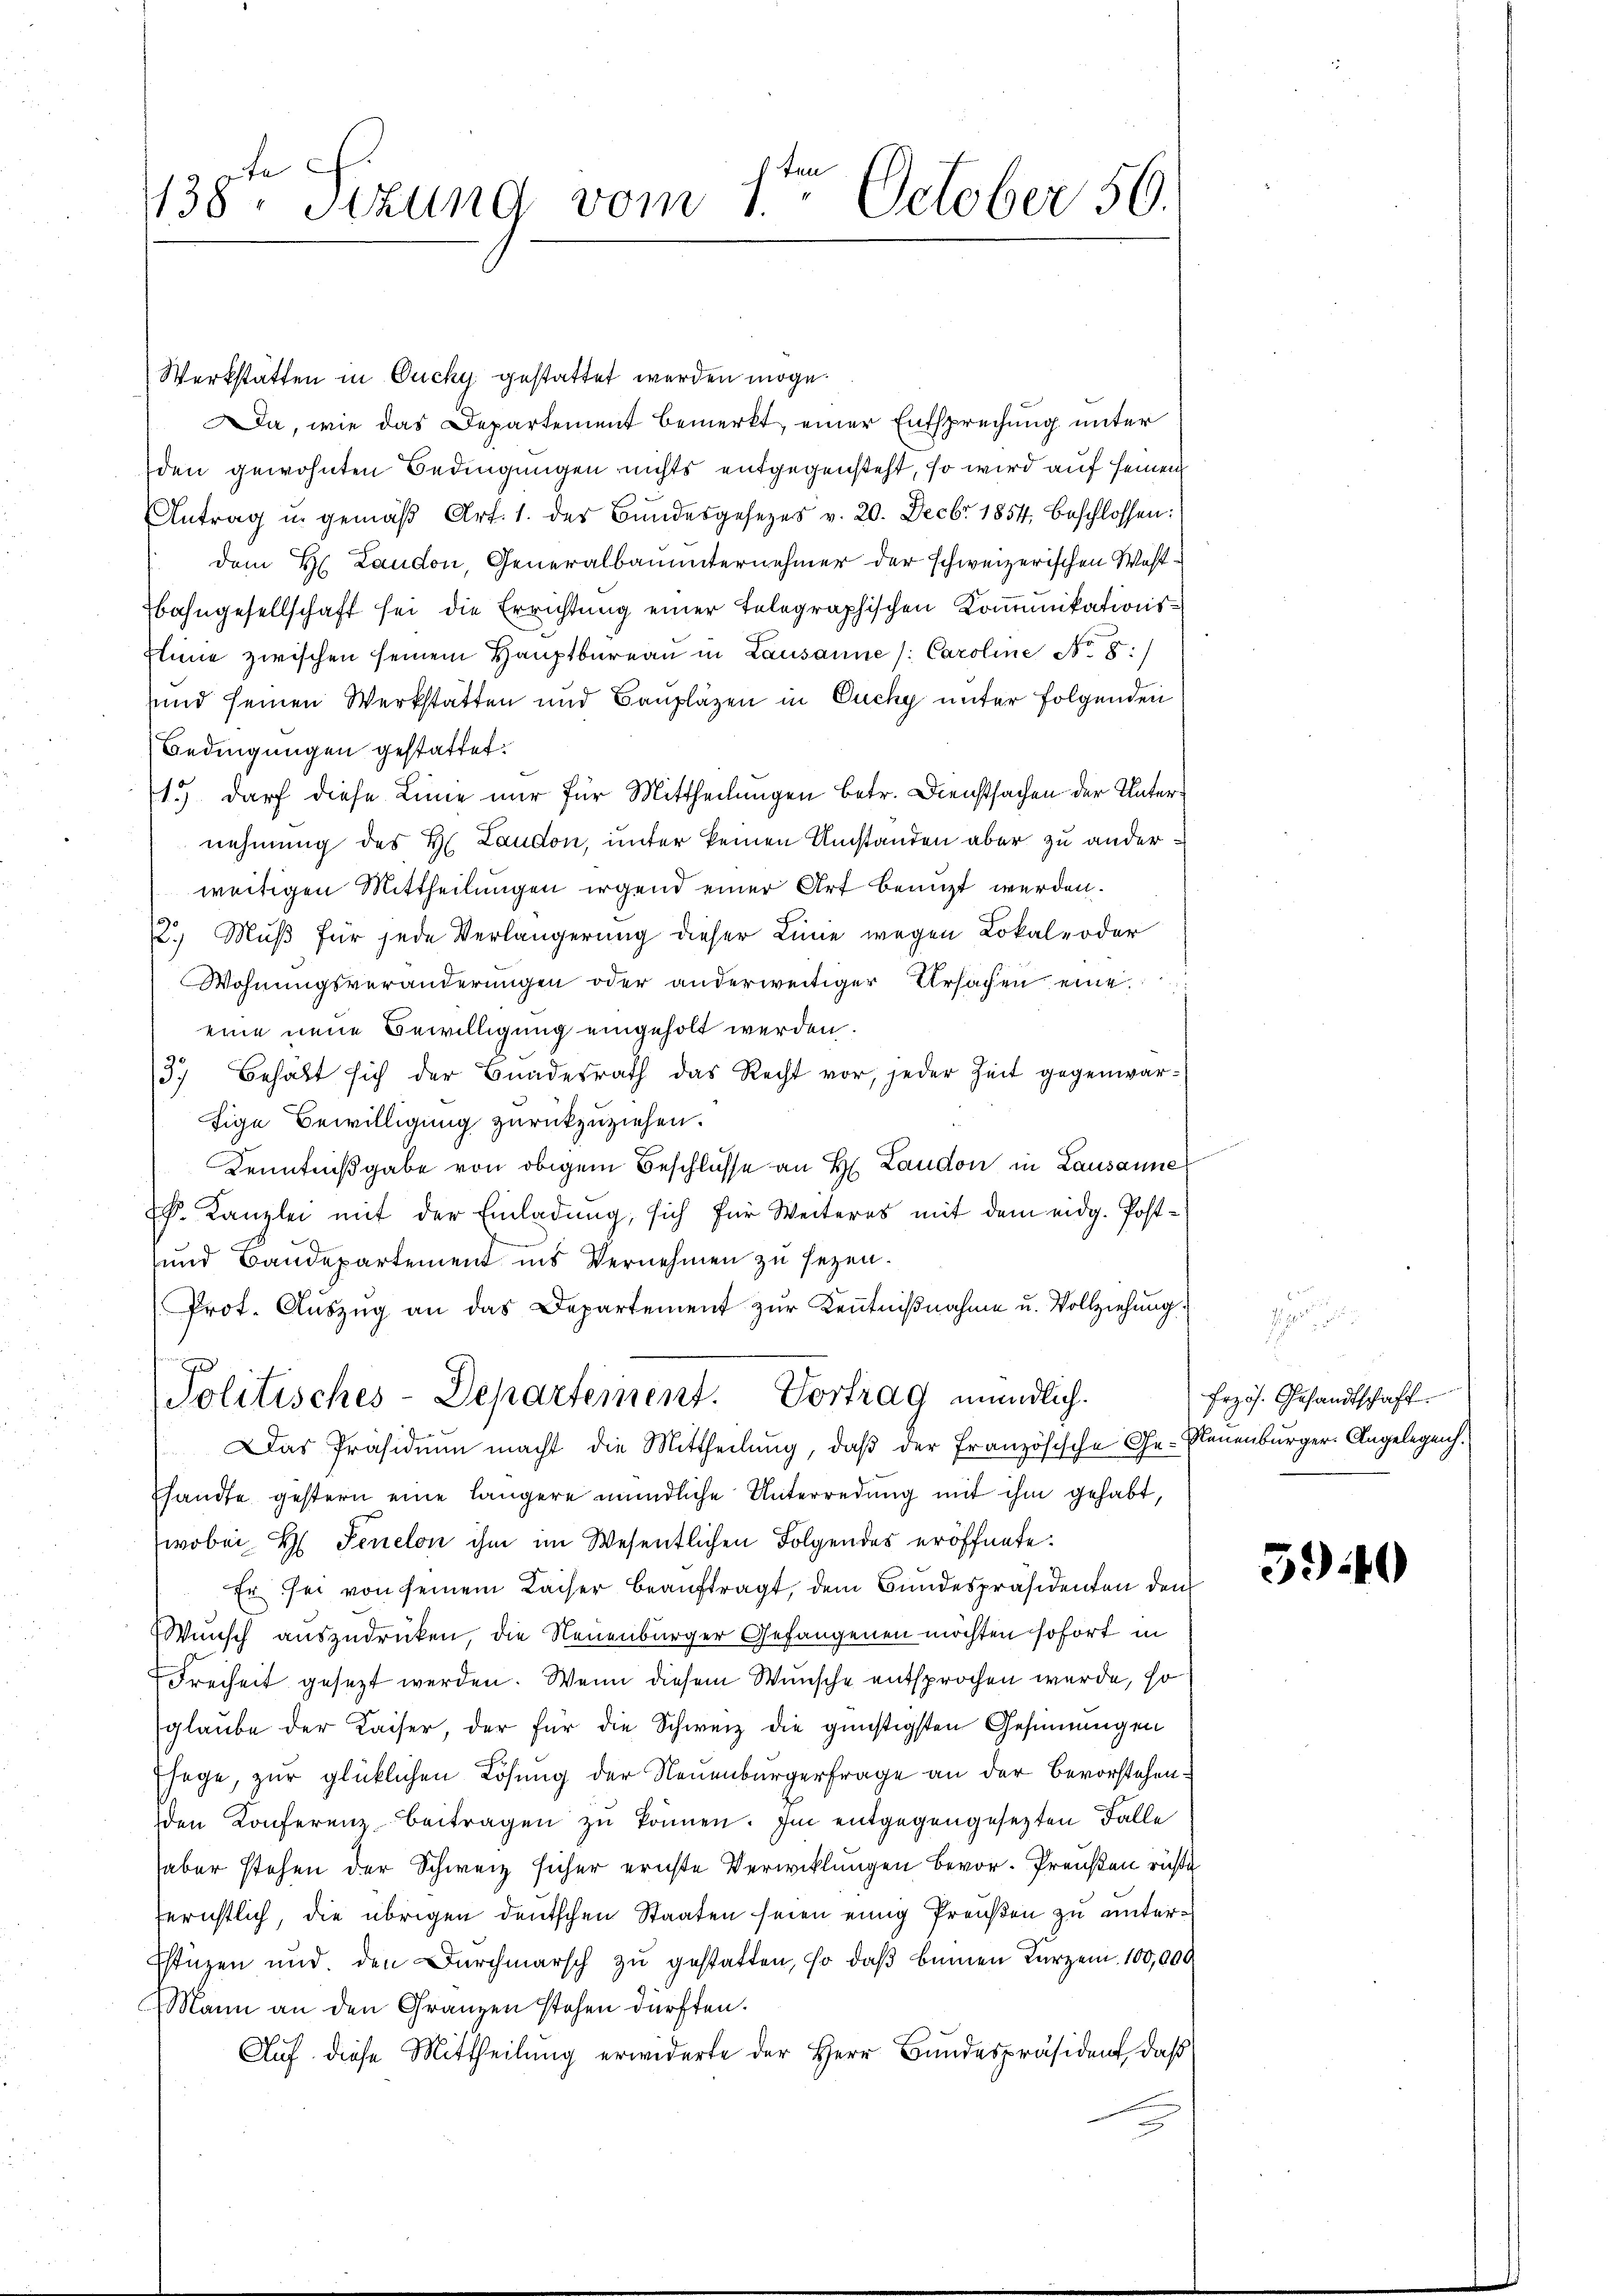
.
1138. Sitzung vom 1ten October 50.

Werkstätten in Ducky gestattet werden möge.
Da, wie das Departement bemerkt, einer Entsprechung unter
den gewohnten Bedingungen nichts entgegensteht, so wird auf seinen
Antrag u. gemäβ Art. 1. des Bundesgesezes v. 20. Decbr. 1854, beschlossen:
dem H. Laudon, Generalbauunternehmer der schweizerischen Wastbahngesellschaft sei die Errichtung einer telegraphischen Komunikations¬
Eine zwischen seinem Hauptbüreaŭ in Lausanne / Caroline No 8:/
uund seinen Werkstatten und Baupläzen in Ouchy unter folgenden
Bedingungen gestattet.
1.) darf diese Linie nur für Mittheilungen betr. Dienstsachen der Unternehmung des H. Laudon, unter keinen Umständen aber zu anderweitigen Mittheilungen irgend einer Art benuzt werden.
12.) Muß für jede Verlängerung dieser Linie wegen Lokale oder
Wohnungsveränderungen oder anderweitiger Ursachen eine
eine neue Bewilligung eingeholt werden.
37 behält sich der Bundesrath das Recht vor, jeder Zeit gegenwär-
tige Bewilligung zurückzuziehen.
Kenntnißgabe von obigem Beschlüsse an H. Laudon in Lausanne
k. Kanzlei mit der Einladung, sich für Weiteres mit dem eidg. Post¬
und Baudepartement ins Vernehmen zu sezen.
Prot. Aŭszŭg an das Departement zŭr Keṅtniβnahme u. Vollziehung.
g
Politisches-Departement. Vortrag mündlich.
Das Präsidiŭm macht die Mittheilung, daß der Französische Ge- Neuenburger-Angelegen.
shandte gestern eine längere mündliche Unterredung mit ihm gehabt,
wobei H. Senelon ihm im Wesentlichen Folgendes eröffnete.
Er sei von seinem Kaiser beaŭftragt, dem Bundespräsidenten den
Wunsch auszudrücken, die Neuenburger Gefangenen möchten sofort in
Freiheit gesezt werden. Wenn diesem Wunsche entsprochen werde, so
glaube der Kaiser, der für die Schweiz die günstigsten Gesinnungen
sage, zur glücklichen Lösung der Neuenburgerfrage an der Bevorstehenden Konferenzbeitragen zu können. Im entgegengesezten Falle
aber stehen der Schweiz sicher ernste Verwicklungen bevor. Preußen richte
gerichtlich, die übrigen deutschen Staaten seien einig Preußen zu unter¬
Estüzen und den Durchmarsch zu gestatten, so daß beinen Kurzen 100,000
Mann an den Gränzen stehen dürften.
Aŭf diese Mittheilŭng erwiderte der Herr Bŭndespräsident, daβ

Erzös. Gesandtschaft.

590